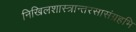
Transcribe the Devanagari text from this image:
निखिलशास्त्रान्तरसासंग्रहभि